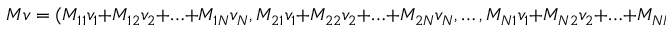
M v = ( M _ { 1 1 } v _ { 1 } + M _ { 1 2 } v _ { 2 } + \ldots + M _ { 1 N } v _ { N } , M _ { 2 1 } v _ { 1 } + M _ { 2 2 } v _ { 2 } + \ldots + M _ { 2 N } v _ { N } , \ldots , M _ { N 1 } v _ { 1 } + M _ { N 2 } v _ { 2 } + \ldots + M _ { N N } v _ { N } ) ^ { T }